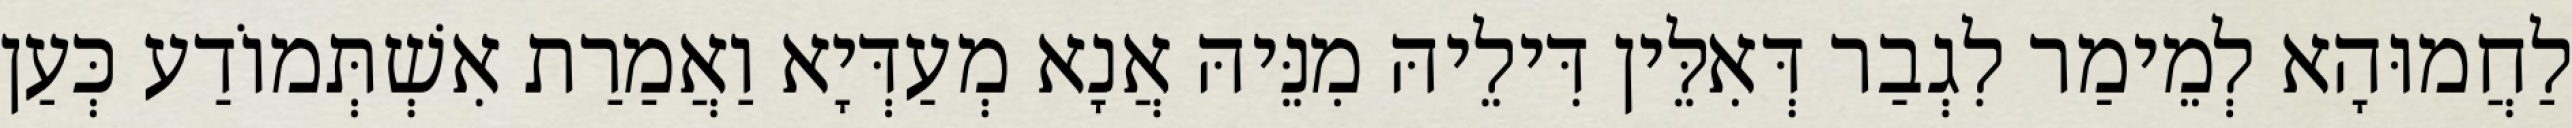
לַחֲמוּהָא לְמֵימַר לִגְבַר דְּאִלֵּין דִּילֵיהּ מִנֵּיהּ אֲנָא מְעַדְּיָא וַאֲמַרַת אִשְׁתְּמוֹדַע כְּעַן